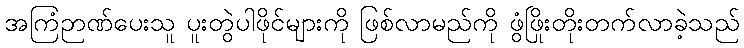
အကြံဉာဏ်ပေးသူ ပူးတွဲပါဖိုင်များကို ဖြစ်လာမည်ကို ဖွံဖြိုးတိုးတက်လာခဲ့သည်